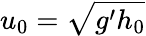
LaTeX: u_{0}=\sqrt{g^{\prime}h_{0}}